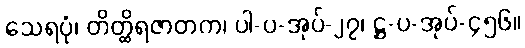
သေရပုံ၊ တိတ္ထိရဇာတက၊ ပါ-ပ-အုပ်-၂၇၊ ဋ္ဌ-ပ-အုပ်-၄၅၆။